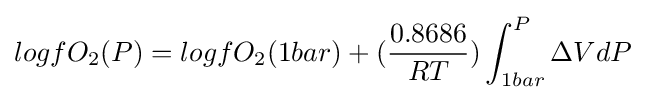
logfO_{2}(P)=logfO_{2}(1bar)+({\frac {0.8686}{RT}})\int _{1bar}^{P}\Delta VdP